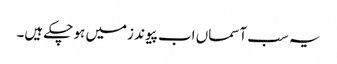
یہ سب آسماں اب پیوند زمیں ہو چکے ہیں۔